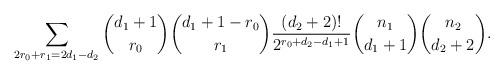
LaTeX: \begin{align*}\sum_{2r_0+r_1=2d_1-d_2} {d_1+1 \choose r_0} {d_1+1-r_0 \choose r_1} \frac{(d_2+2)!}{2^{r_0+d_2-d_1+1}} {n_1 \choose d_1+1} {n_2 \choose d_2+2}. \end{align*}